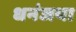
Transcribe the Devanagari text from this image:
धनंजया